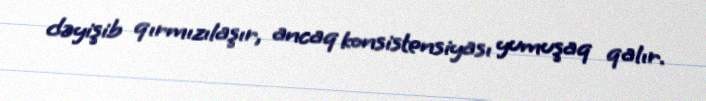
dəyişib qırmızılaşır, ancaq konsistensiyası yumuşaq qalır.